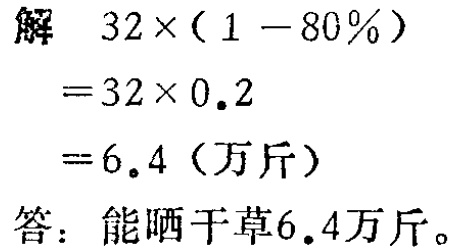
解

\[

\begin{align*}

&32\times(1 - 80\%)\\

=&32\times0.2\\

=&6.4 \text{（万斤）}

\end{align*}

\]

答：能晒干草$6.4$万斤。